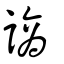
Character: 謪